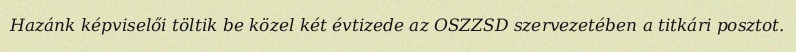
Hazánk képviselői töltik be közel két évtizede az OSZZSD szervezetében a titkári posztot.